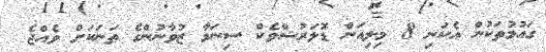
ގައުމުތަކުން އެކަނި 8 މިލިއަން ޑޮލަރުޝްވެކް ސިނަމާ ޒުވާނުންގެ ތަނަކަށް ވެއްޖެ